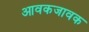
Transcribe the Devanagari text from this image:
आवकजावक